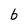
Character: 6